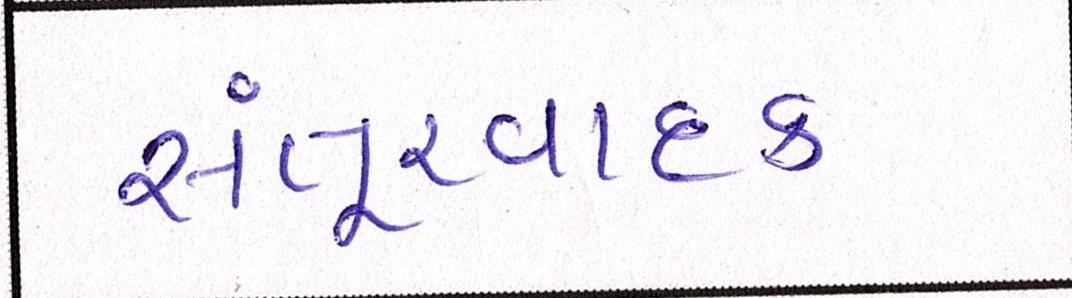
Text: સંતૂરવાદક